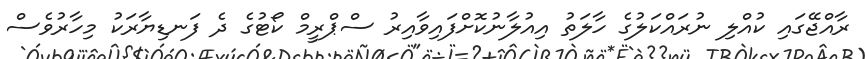
ރާއްޖޭގައި ކުއްލި ނުރައްކަލުގެ ހާލަތު އިއުލާނުކޮށްފައިވާއިރު ސްޕްރީމް ކޯޓުގެ ދެ ފަނޑިޔާރަކު މިހާރުވެސް